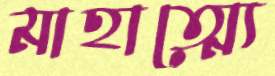
মাহাত্ম্যে